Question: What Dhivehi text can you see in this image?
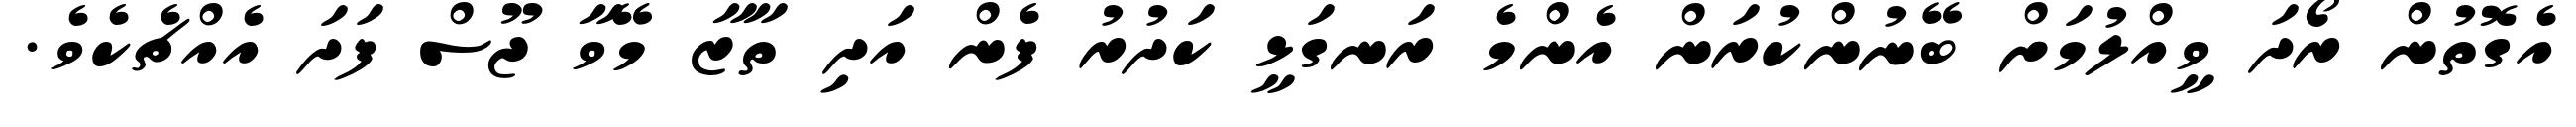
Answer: އެގޮތުން ރޯދަ ވީއްލުމަށް ބޭނުންކުރަން އެންމެ ރަނގަޅީ ކަދުރު ފެން އަދި ތާޒާ މޭވާ ޖޫސް ފަދަ އެއްޗެކެވެ.